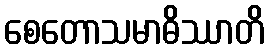
စေတောသမာဓိဿာတိ